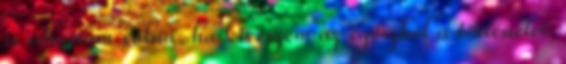
is írhattam volna, ha kiveszem az egészből a történetet.